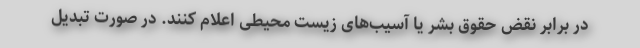
در برابر نقض حقوق بشر یا آسیب‌های زیست محیطی اعلام کنند. در صورت تبدیل